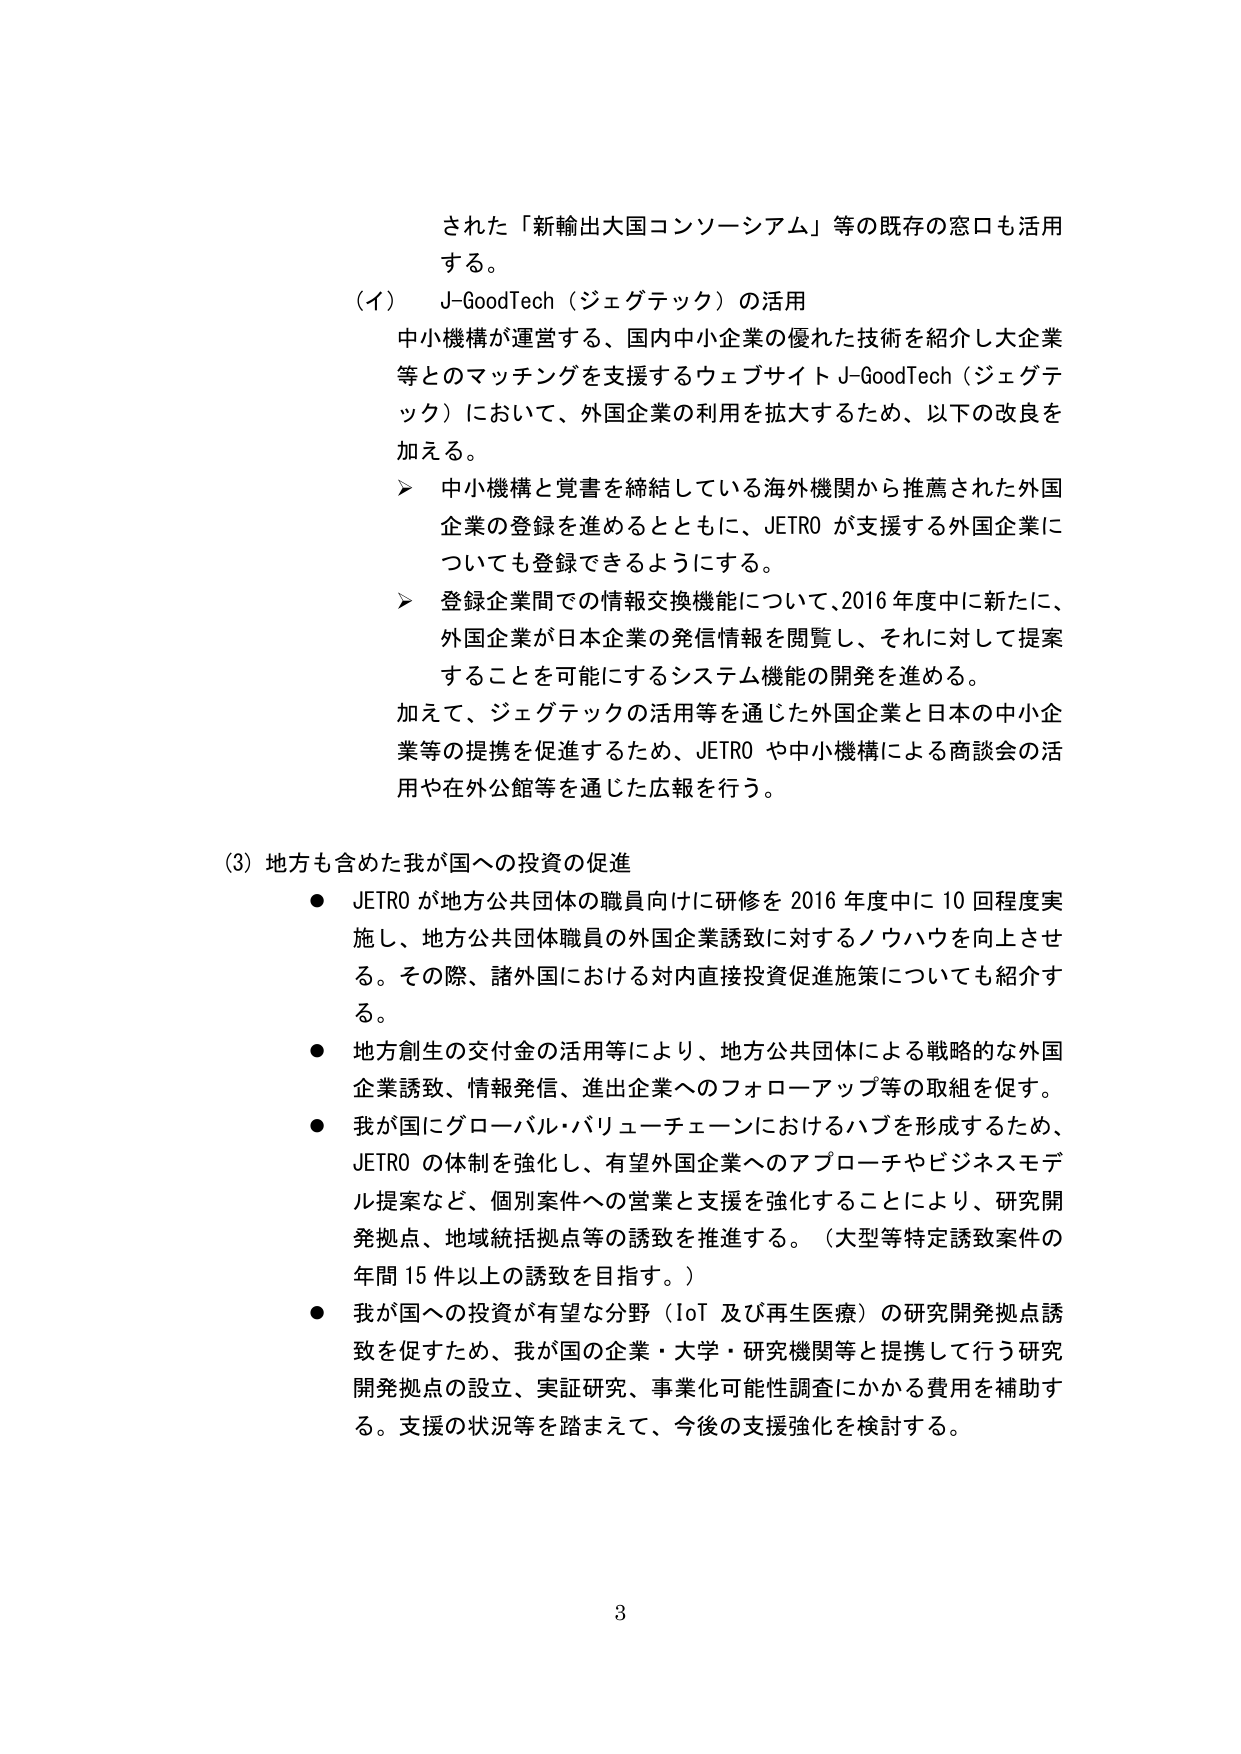
された「新輸出大国コンソーシアム」等の既存の窓口も活用する。

（イ） J-GoodTech（ジェグテック）の活用
中小機構が運営する、国内中小企業の優れた技術を紹介し大企業等とのマッチングを支援するウェブサイト J-GoodTech（ジェグテック）において、外国企業の利用を拡大するため、以下の改良を加える。
➤ 中小機構と覚書を締結している海外機関から推薦された外国企業の登録を進めるとともに、JETRO が支援する外国企業についても登録できるようにする。
➤ 登録企業間での情報交換機能について、2016 年度中に新たに、外国企業が日本企業の発信情報を閲覧し、それに対して提案することを可能にするシステム機能の開発を進める。
加えて、ジェグテックの活用等を通じた外国企業と日本の中 小企業等の提携を促進するため、JETRO や中小機構による商談会の活用や在外公館等を通じた広報を行う。

（3）地方も含めた我が国への投資の促進
● JETRO が地方公共団体の職員向けに研修を 2016 年度中に 10 回程度実施し、地方公共団体職員の外国企業誘致に対するノウハウを向上させる。その際、諸外国における対内直接投資促進施策についても紹介する。
● 地方創生の交付金の活用等により、地方公共団体による戦略的な外国企業誘致、情報発信、進出企業へのフォローアップ等の取組を促す。
● 我が国にグローバル・バリューチェーンにおけるハブを形成するため、JETRO の体制を強化し、有望外国企業へのアプローチやビジネスモデル提案など、個別案件への営業と支援を強化することにより、研究開発拠点、地域統括拠点等の誘致を推進する。（大型等特定誘致案件の年間 15 件以上の誘致を目指す。）
● 我が国への投資が有望な分野（IoT 及び再生医療）の研究開発拠点誘致を促すため、我が国の企業・大学・研究機関等と提携して行う研究開発拠点の設立、実証研究、事業化可能性調査にかかる費用を補助する。支援の状況等を踏まえて、今後の支援強化を検討する。

3